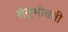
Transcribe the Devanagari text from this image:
तंतूंभोवती